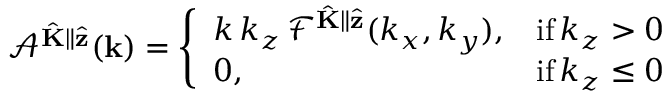
\mathcal { A } ^ { \hat { \mathbf { K } } \parallel \hat { \mathbf { z } } } ( \mathbf { k } ) = \left\{ \begin{array} { l l } { k \, k _ { z } \, \mathcal { F } ^ { \hat { \mathbf { K } } \parallel \hat { \mathbf { z } } } ( k _ { x } , k _ { y } ) , } & { \mathrm { i f } \, k _ { z } > 0 } \\ { 0 , } & { \mathrm { i f } \, k _ { z } \leq 0 } \end{array} \right.